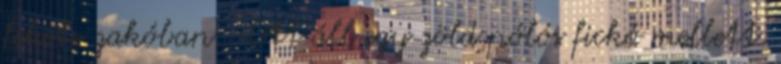
fekete zakóban. -Ott áll egy zöld pólós fickó mellett.